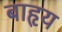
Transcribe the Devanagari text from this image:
बाहृय